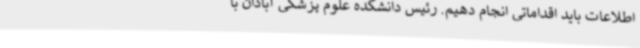
اطلاعات باید اقداماتی انجام دهیم. رئیس دانشکده علوم پزشکی آبادان با